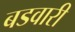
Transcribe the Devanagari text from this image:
बडवारी